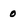
Character: 0